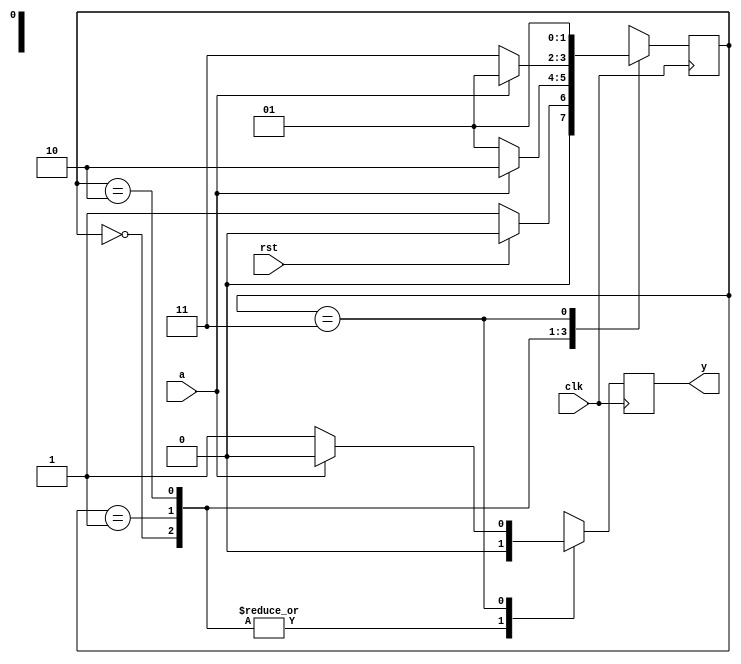
`timescale 1ns / 1ps
//////////////////////////////////////////////////////////////////////////////////
// Company: 
// Engineer: 
// 
// Design Name: 
// Module Name: day4
// Project Name: 
// Target Devices: 
// Tool Versions: 
// Description: 
// 
// Dependencies: 
// 
// Revision:
// Revision 0.01 - File Created
// Additional Comments:
// 
//////////////////////////////////////////////////////////////////////////////////


module day4seqdec(input a,clk,rst,output reg y

    );
    parameter idle=0;
    parameter s0=1;
    parameter s1=2;
    parameter s2=3;
    reg [1:0]state=idle;
    
    always@(posedge clk)
    begin
    
    case(state)
    idle:
    if(rst)
    begin
    state=idle;
    y<=1'b0;
    end
    else
    begin
    y<=1'b0;
    state<=s0;
    end
    
    
    
    s0:
    if(a)
    begin
    y<=1'b0;
    state<=s1;
    end
    else
    begin
    state<=s0;
    y<=1'b0;
    end
    s1:
    if(a==1'b0)
    begin
    y<=1'b0;
    state<=s2;
    end
    else
    begin
    state<=s0;
    y<=1'b0;
    
    end
    
    s2:
    if(a==1'b0)
    begin
    y<=1'b1;
    state<=s0;
    end
    else
    begin
    y<=1'b0;
    state<=s0;
    end
    
    
    
    
   
    endcase
    
    end
    
    
endmodule